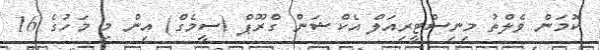
ކޮމަން ވެލްތު މިނިސްޓީރިއަލް އެކްޝަން ގްރޫޕް (ސީމެގް) އިން މި މަހުގެ 16